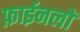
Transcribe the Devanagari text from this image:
फ़ाईनलों